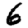
Digit: 6